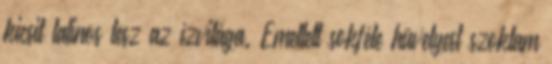
kicsit latinos lesz az ízvilága. Emellett sokféle hüvelyest szoktam